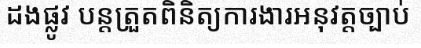
ដងផ្លូវ បន្តត្រួតពិនិត្យការងារអនុវត្តច្បាប់